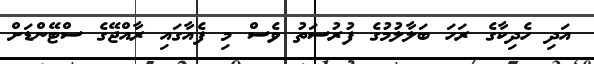
އަދި ހެދިކާގެ ރަހަ ބަލާލުމުގެ ފުރުސަތު ވެސް މި ފެއާގައި ރާއްޖޭގެ ސްޓޭންޑަށް